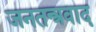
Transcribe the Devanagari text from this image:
जनतन्त्रवाद